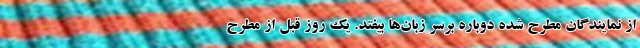
از نمایندگان مطرح شده دوباره برسر زبان‌ها بیفتد. یک روز قبل از مطرح